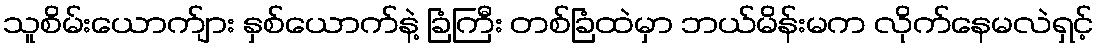
သူစိမ်းယောက်ျား နှစ်ယောက်နဲ့ ခြံကြီး တစ်ခြံထဲမှာ ဘယ်မိန်းမက လိုက်နေမလဲရှင့်